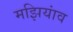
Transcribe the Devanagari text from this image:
मझियांव